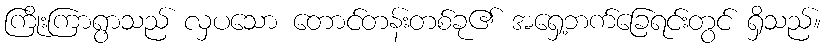
ကြိုးကြာရွာသည် လှပသော တောင်တန်းတစ်ခု၏ အရှေ့ဘက်ခြေရင်းတွင် ရှိသည်။